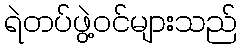
ရဲတပ်ဖွဲ့ဝင်များသည်